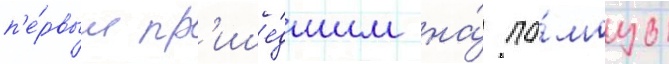
п'е́рвым пр'ише́дшим на́ по́мощь